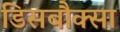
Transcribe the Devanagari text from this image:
डिसबौक्सा